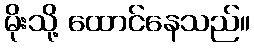
မိုးသို့ ထောင်နေသည်။